Document type: Sale
Year: 1499
Scribe: Joan Martínez de Sòria
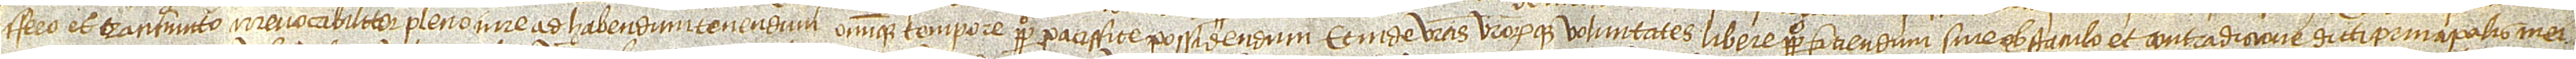
sfero et transmitto irrevocabiliter pleno iure, ad habendum, tenendum omnique tempore perpetuo paciffice possidendum et inde vestras vestrorumque voluntates libere perpetuo faciendum, sine obstaculo et contradiccione dicti principalis mei